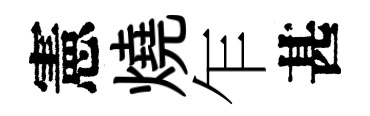
憲燒乍甚